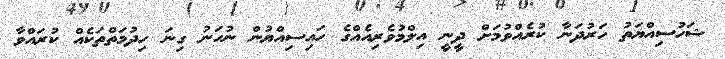
ޝަހުސިއްޔަތު ހަރުދަނާ ކުރެއްވުމަށް ދީނީ އިލްމުވެރިއެއްގެ ހައިސިއްޔުން ނުހަނު ގިނަ ހިދުމަތްތަކެއް ކުރައްވާ